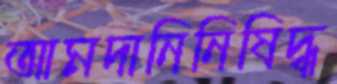
আমদানিনিষিদ্ধ